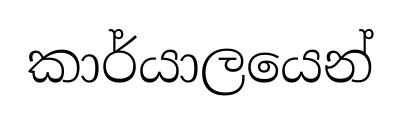
කාර්යාලයෙන්